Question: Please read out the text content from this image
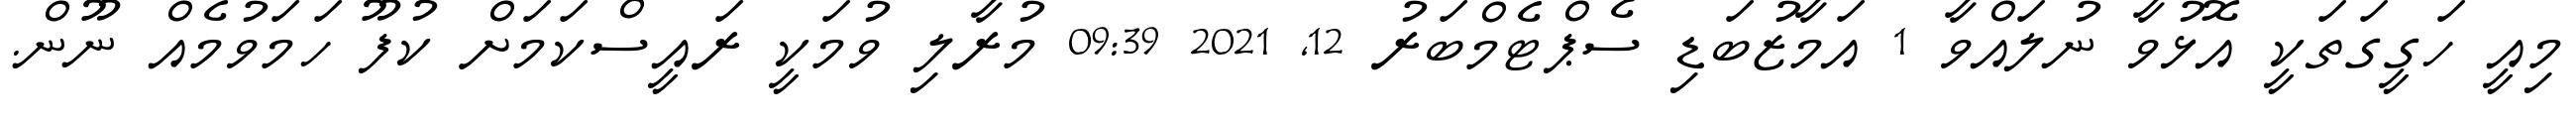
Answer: މިއީ ހަގީގަތަކީ އޮޅުވާ ނުލައްވާ 1 އަމާޒުބަޑި ސެޕްޓެމްބަރު 12, 2021 09:39 މުރާލި ވުމަކީ ރައީސްކަމަށް ކުފޫ ހަމަވުމެއް ނޫން.